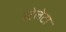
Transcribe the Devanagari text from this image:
स्टेलेटा